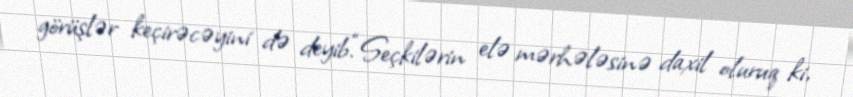
görüşlər keçirəcəyini də deyib.“Seçkilərin elə mərhələsinə daxil oluruq ki,